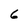
Character: 6